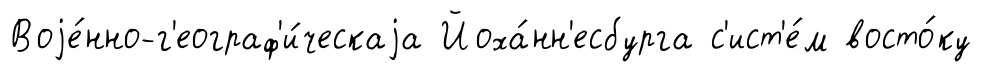
Воjе́нно-г'еограф'и́ческаjа Йоха́нн'есбурга с'ист'е́м восто́ку